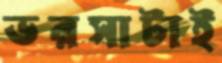
ভরসাটাই